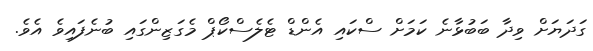
ގަދަޔަށް ވިދާ ބަބުޅާނެ ކަމަށް ސްކައި އެންޑް ޓެލެސްކޯޕް މެގަޒިންގައި ބުނެފައިވެ އެވެ.